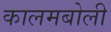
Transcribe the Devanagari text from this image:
कालमबोली